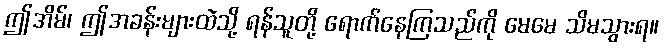
ဤအိမ်၊ ဤအခန်းများထဲသို့ ရန်သူတို့ ရောက်နေကြသည်ကို မေမေ သိမသွားရ။